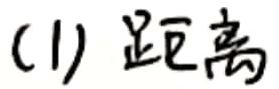
(1) 距离